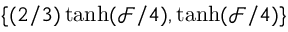
\{ ( 2 / 3 ) \operatorname { t a n h } ( \mathcal { F } / 4 ) , \operatorname { t a n h } ( \mathcal { F } / 4 ) \}